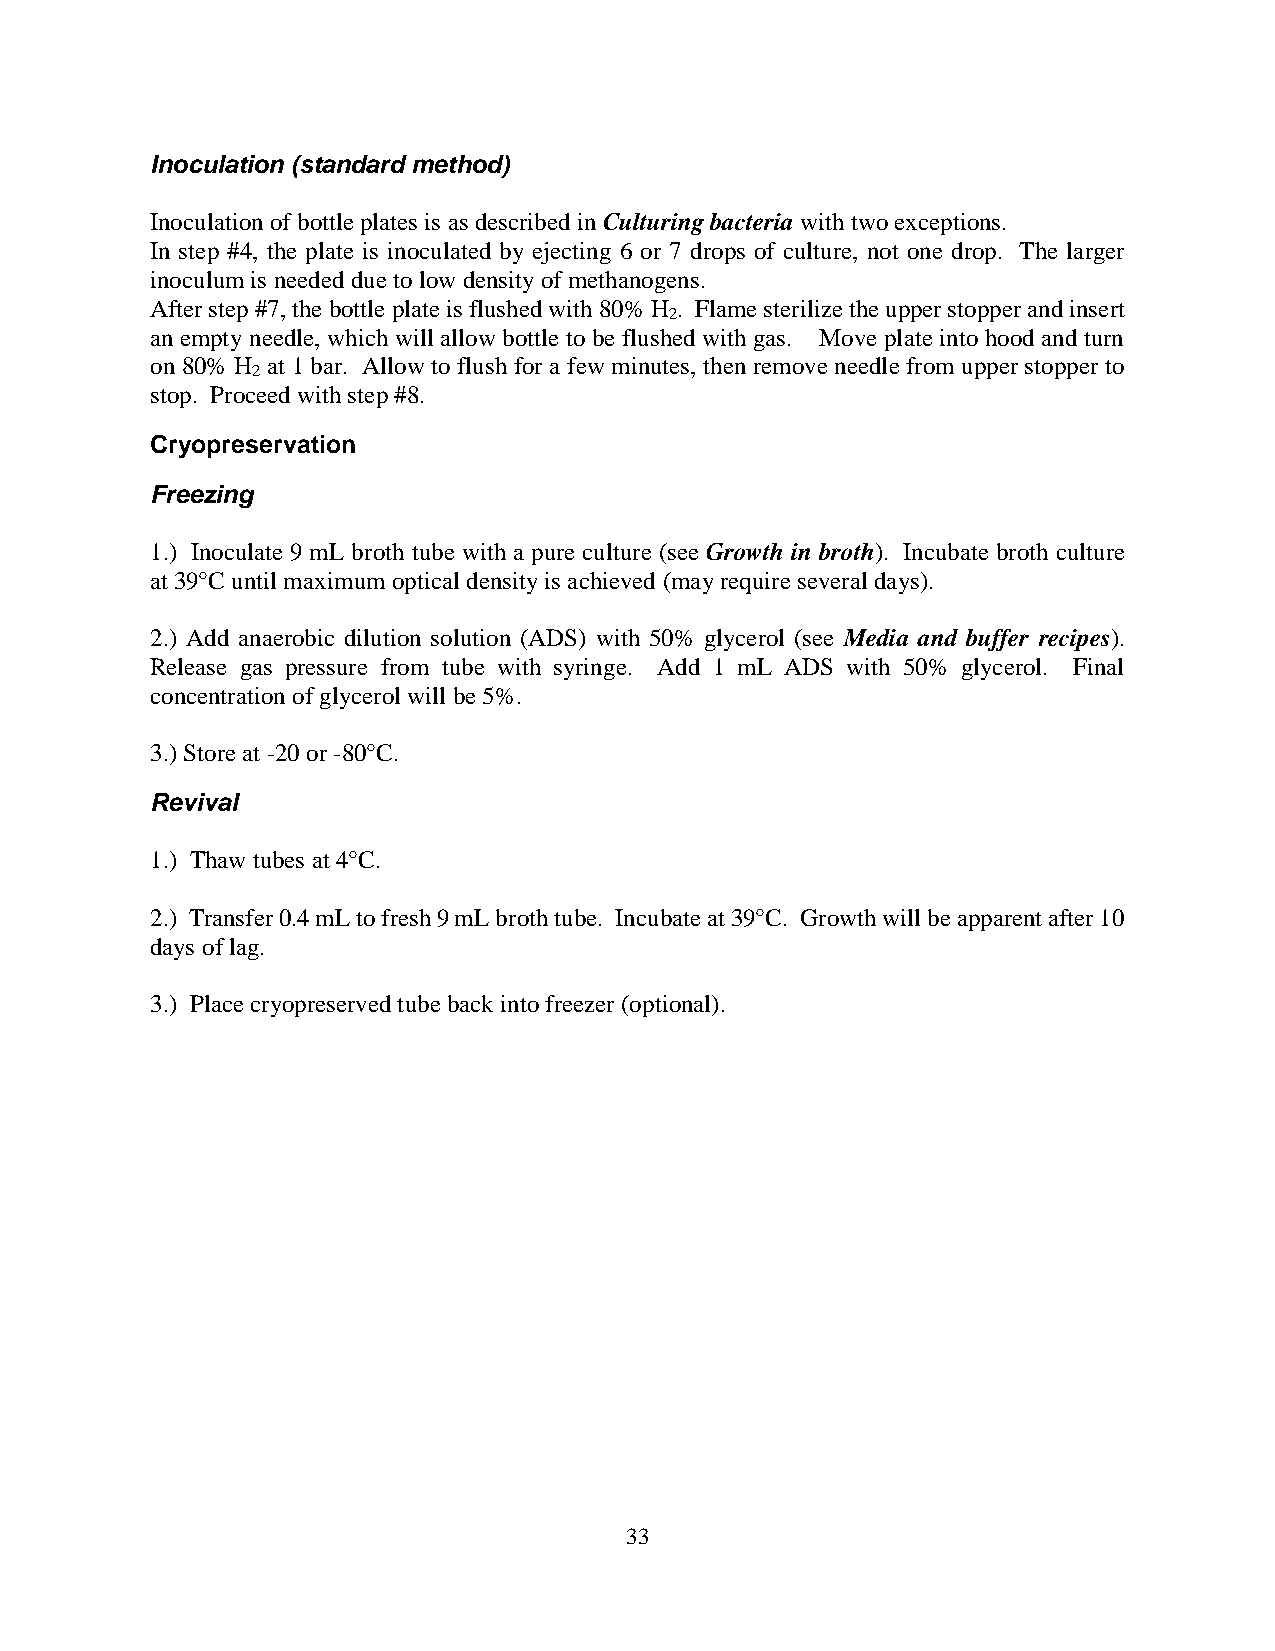
Inoculation (standard method)
 Inoculation of bottle plates is as described in Culturing bacteria with two exceptions.
 In step #4, the plate is inoculated by ejecting 6 or 7 drops of culture, not one drop. The larger
 inoculum is needed due to low density of methanogens.
 After step #7, the bottle plate is flushed with 80% H . Flame sterilize the upper stopper and insert
 2
 an empty needle, which will allow bottle to be flushed with gas. Move plate into hood and turn
 on 80% H at 1 bar. Allow to flush for a few minutes, then remove needle from upper stopper to
 2
 stop. Proceed with step #8.
 Cryopreservation
 Freezing
 1.) Inoculate 9 mL broth tube with a pure culture (see Growth in broth). Incubate broth culture
 at 39°C until maximum optical density is achieved (may require several days).
 2.) Add anaerobic dilution solution (ADS) with 50% glycerol (see Media and buffer recipes).
 Release gas pressure from tube with syringe. Add 1 mL ADS with 50% glycerol. Final
 concentration of glycerol will be 5%.
 3.) Store at -20 or -80°C.
 Revival
 1.) Thaw tubes at 4°C.
 2.) Transfer 0.4 mL to fresh 9 mL broth tube. Incubate at 39°C. Growth will be apparent after 10
 days of lag.
 3.) Place cryopreserved tube back into freezer (optional).
 33